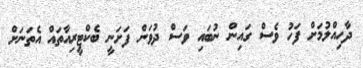
ދާހިއްލުމަށް ފަހު ވެސް ގައިން ނުބައި ވަސް ދުވަން ފަށަނީ ބެކްޓީރިއާތައް އެތަނަށް